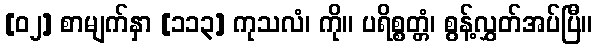
[၀၂] စာမျက်နှာ [၁၁၃] ကုသလံ၊ ကို။ ပရိစ္စတ္တံ၊ စွန့်လွှတ်အပ်ပြီ။